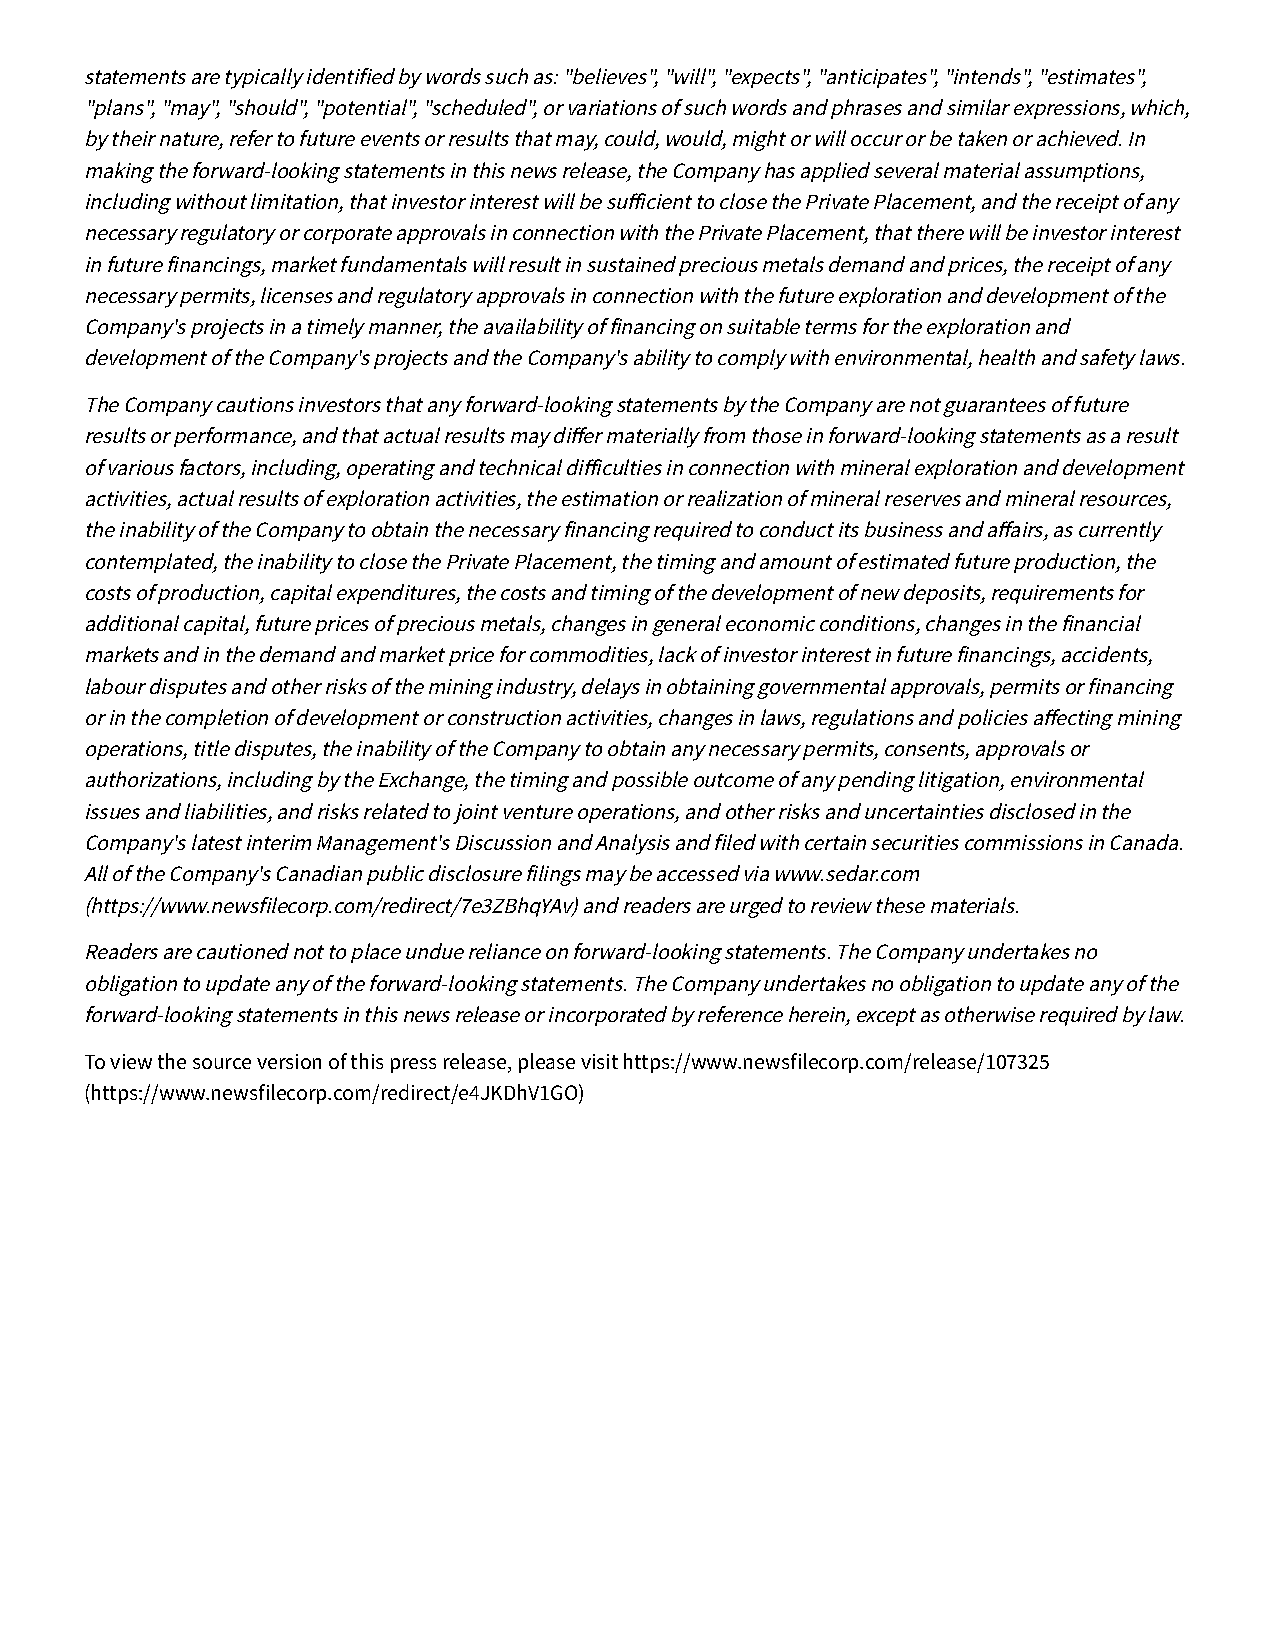
statements are typically identified by words such as: "believes", "will", "expects", "anticipates", "intends", "estimates",
 "plans", "may", "should", "potential", "scheduled", or variations of such words and phrases and similar expressions, which,
 by their nature, refer to future events or results that may, could, would, might or will occur or be taken or achieved. In
 making the forward-looking statements in this news release, the Company has applied several material assumptions,
 including without limitation, that investor interest will be suicient to close the Private Placement, and the receipt of any
 necessary regulatory or corporate approvals in connection with the Private Placement, that there will be investor interest
 in future financings, market fundamentals will result in sustained precious metals demand and prices, the receipt of any
 necessary permits, licenses and regulatory approvals in connection with the future exploration and development of the
 Company's projects in a timely manner, the availability of financing on suitable terms for the exploration and
 development of the Company's projects and the Company's ability to comply with environmental, health and safety laws.
 The Company cautions investors that any forward-looking statements by the Company are not guarantees of future
 results or performance, and that actual results may dier materially from those in forward-looking statements as a result
 of various factors, including, operating and technical diiculties in connection with mineral exploration and development
 activities, actual results of exploration activities, the estimation or realization of mineral reserves and mineral resources,
 the inability of the Company to obtain the necessary financing required to conduct its business and aairs, as currently
 contemplated, the inability to close the Private Placement, the timing and amount of estimated future production, the
 costs of production, capital expenditures, the costs and timing of the development of new deposits, requirements for
 additional capital, future prices of precious metals, changes in general economic conditions, changes in the financial
 markets and in the demand and market price for commodities, lack of investor interest in future financings, accidents,
 labour disputes and other risks of the mining industry, delays in obtaining governmental approvals, permits or financing
 or in the completion of development or construction activities, changes in laws, regulations and policies aecting mining
 operations, title disputes, the inability of the Company to obtain any necessary permits, consents, approvals or
 authorizations, including by the Exchange, the timing and possible outcome of any pending litigation, environmental
 issues and liabilities, and risks related to joint venture operations, and other risks and uncertainties disclosed in the
 Company's latest interim Management's Discussion and Analysis and filed with certain securities commissions in Canada.
 All of the Company's Canadian public disclosure filings may be accessed via www.sedar.com
 (https://www.newsfilecorp.com/redirect/7e3ZBhqYAv) and readers are urged to review these materials.
 Readers are cautioned not to place undue reliance on forward-looking statements. The Company undertakes no
 obligation to update any of the forward-looking statements. The Company undertakes no obligation to update any of the
 forward-looking statements in this news release or incorporated by reference herein, except as otherwise required by law.
 To view the source version of this press release, please visit https://www.newsfilecorp.com/release/107325
 (https://www.newsfilecorp.com/redirect/e4JKDhV1GO)